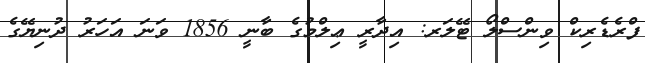
ފްރެޑެރިކް ވިންސްލޯ ޓޭލަރ: އިދާރީ ޢިލްމުގެ ބާނީ 1856 ވަނަ އަހަރު ދުނިޔޭގެ